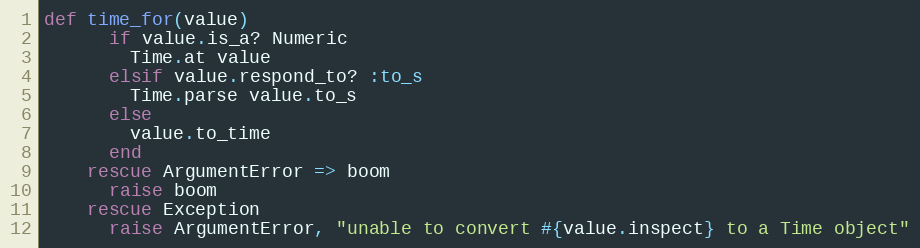
Language: Ruby
def time_for(value)
      if value.is_a? Numeric
        Time.at value
      elsif value.respond_to? :to_s
        Time.parse value.to_s
      else
        value.to_time
      end
    rescue ArgumentError => boom
      raise boom
    rescue Exception
      raise ArgumentError, "unable to convert #{value.inspect} to a Time object"